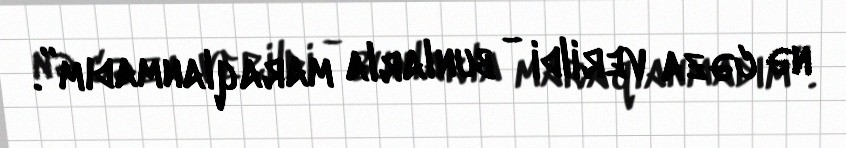
nə cəza verildi - bunlarla maraqlanmadım”.